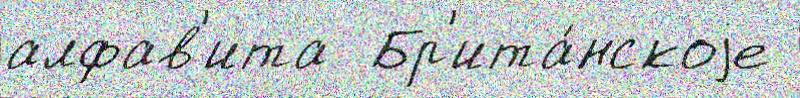
алфав'ита  Бр'ита́нскоjе